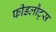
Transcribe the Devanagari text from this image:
फीडलौट्स